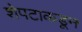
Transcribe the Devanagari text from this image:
शेपटाकडून